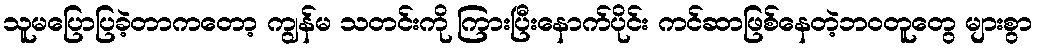
သူမပြောပြခဲ့တာကတော့ ကျွန်မ သတင်းကို ကြားပြီးနောက်ပိုင်း ကင်ဆာဖြစ်နေတဲ့ဘဝတူတွေ များစွာ